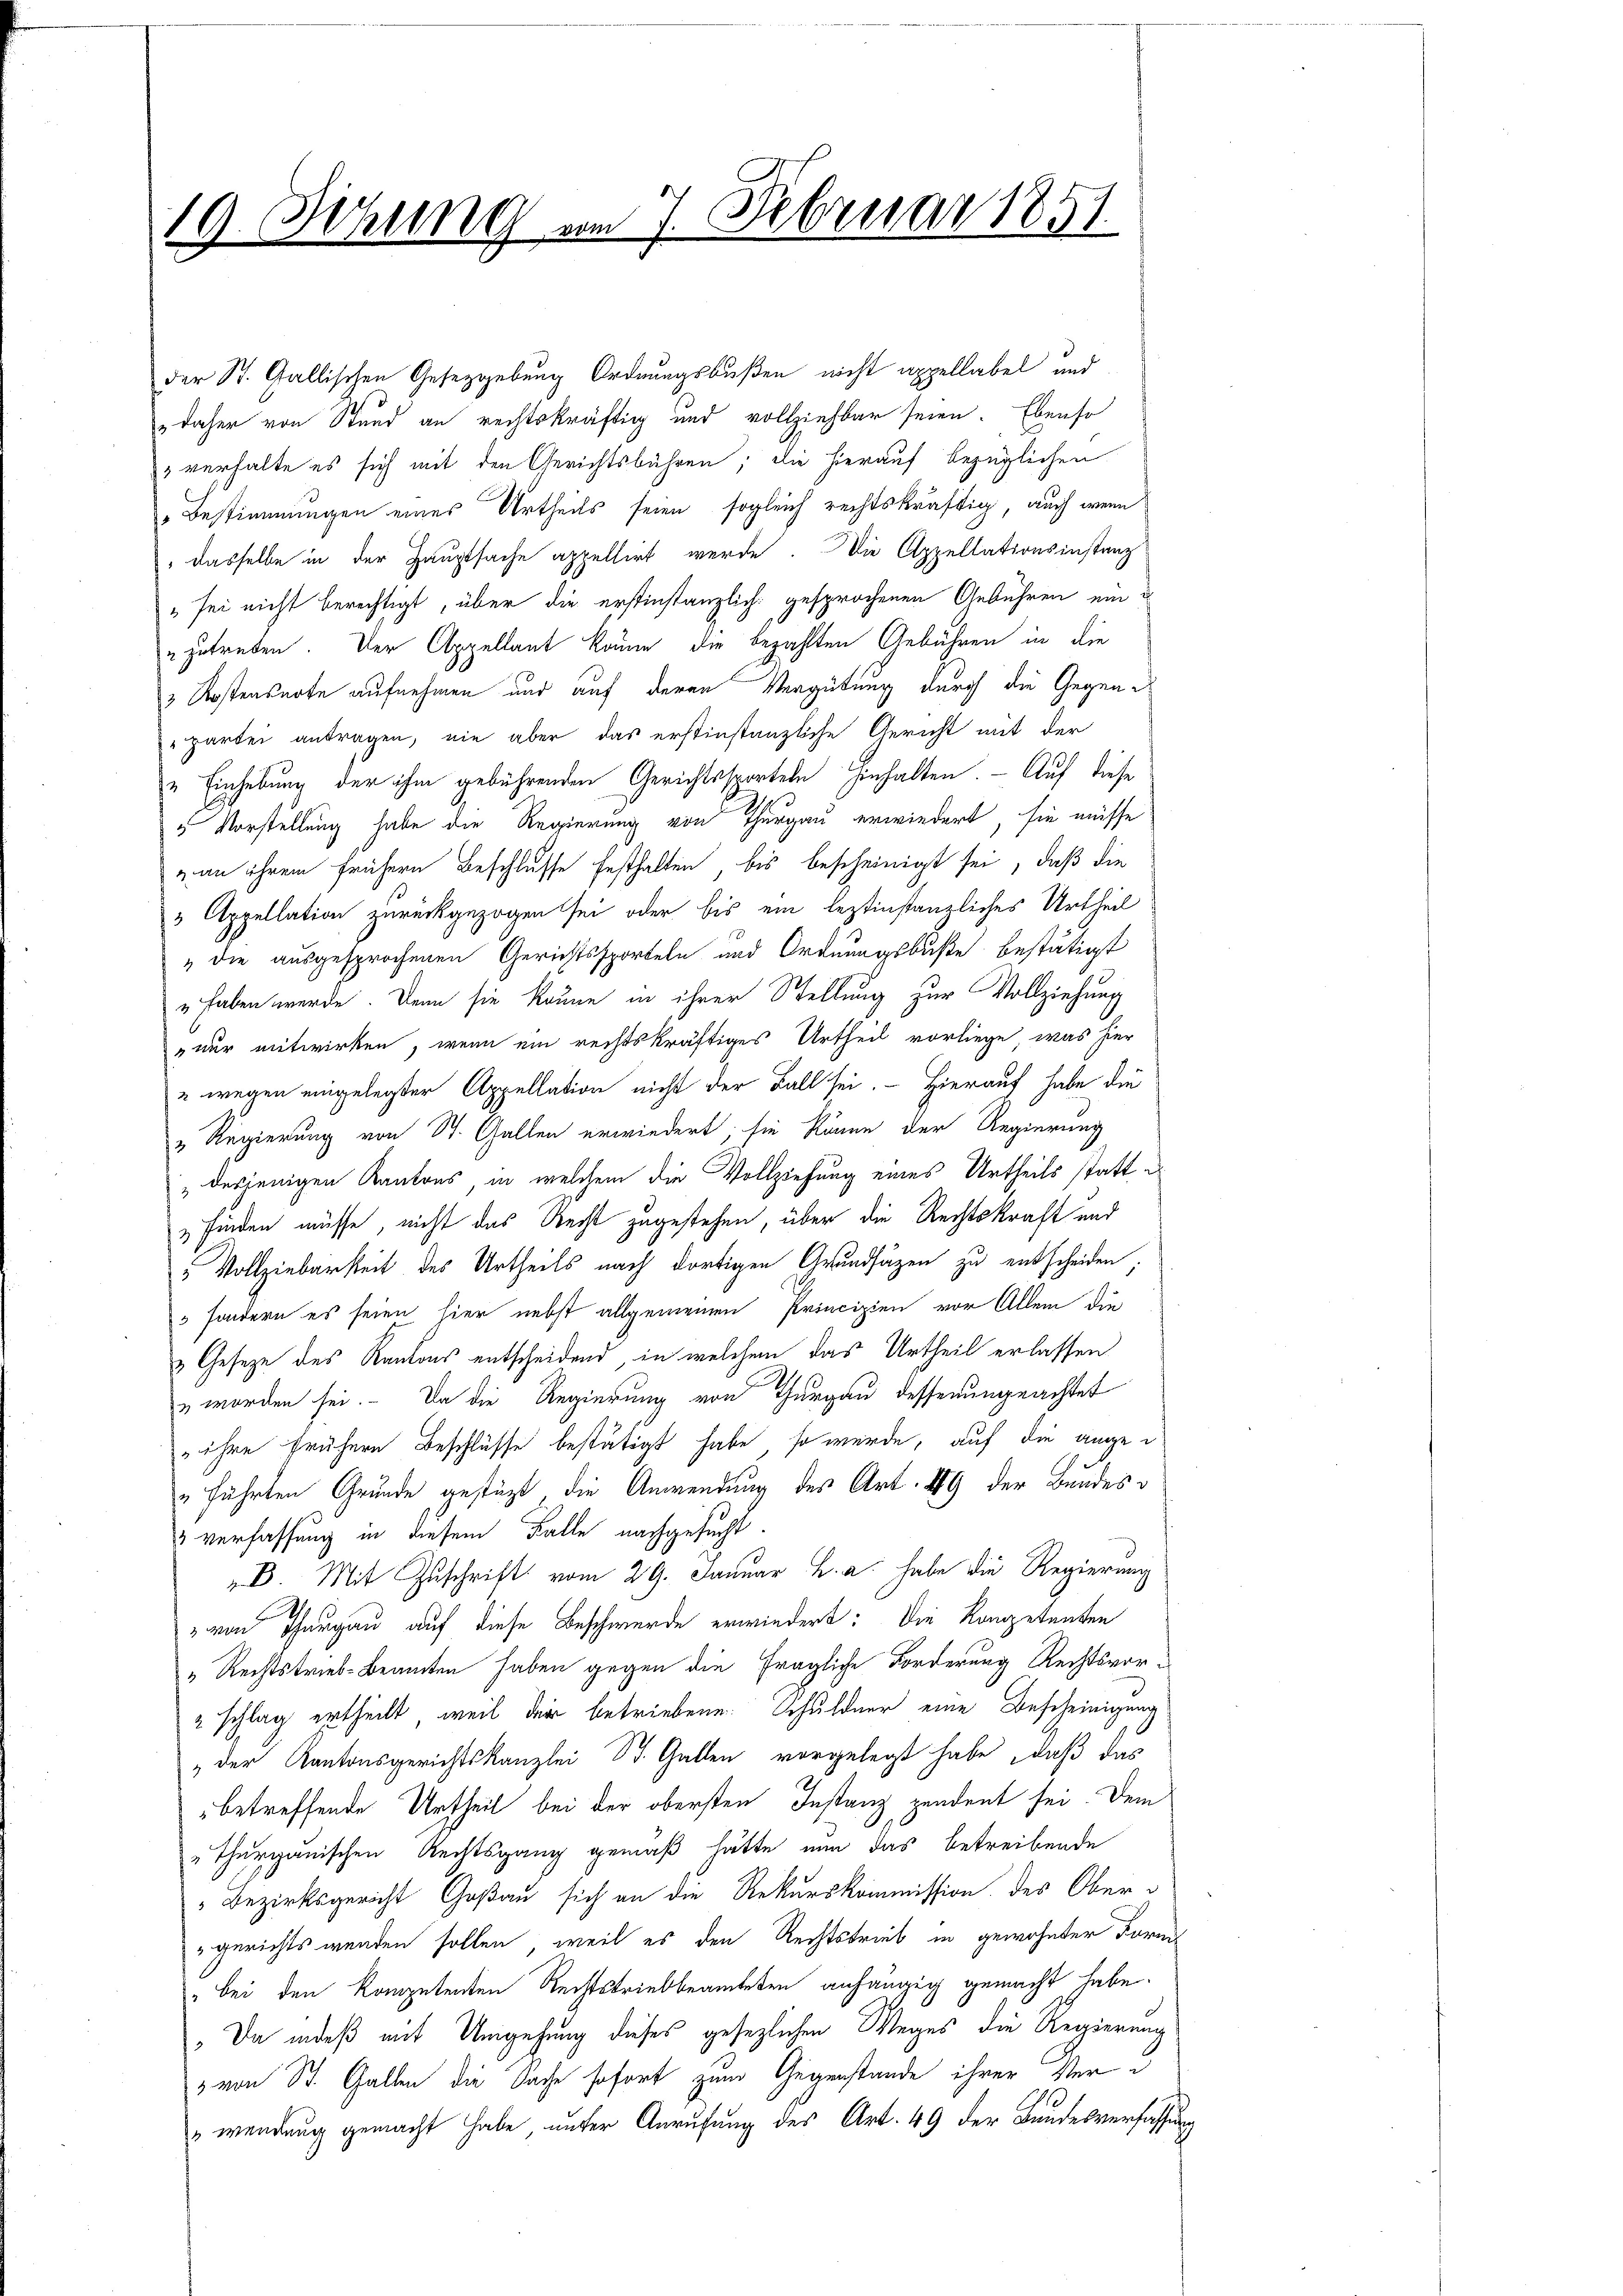
der St. Gallischen Gesetzgebung Ordnungsbußen nicht appellabel und
" daher von Stand an rechtskräftig und vollziehbar seien. Ebenso
" verhalte es sich mit den Gerichtsbahren; die hierauf bezüglichen
Bestimmungen eines Urtheils seien sogleich rechtskräftig, auch wenn
" dasselbe in der Hauptsache appellirt werde. Die Appellationsinstanz
" sei nicht berechtigt, über die erstinstanzlich gesprochenen Gebühren ein u
zutreten. Der Appellant kaum die bezahlten Gebühren in die
3 Kostensarte aufnehmen und auf deren Vergütung durch die Gegenpartei antragen, nie aber das erstinstanzliche Gericht mit der
" Einhebung der ihm gebührenden Gerichtssporteln hinhalten. — Auf diese
5 Vorstellung habe die Regierung von Thurgau erwiedert, sie müsse
an ihrem frühern Beschlusse festhalten, bis bescheinigt sei, daß die
 Appellation zurückgezogen sei oder bis ein leztinstanzliches Urtheil
" die ausgesprochenen Gerichtssporteln und Ordnungsbuße bestätigt
„haben werde. Denn sie könne in ihrer Stellung zur Vollziehung
nur mitwirken, wenn ein rechtskräftiges Urtheil vorliege, was hier
" wegen eingelegter Appellation nicht der Fall sei. Hierauf habe die
" Regierung von St. Gallen erwiedert; sie könne der Regierung
" desjenigen Kantons, in welchem die Vollziehung eines Urtheils statt i
finden müsse, nicht das Recht zugestehen, über die Rechtskraft und
 Vollziebarkeit des Urtheils nach dortigen Grundsätzen zu entscheiden;
 sondern es seien hier nebst allgemeinen Principien vor Allem die
& Geseze des Kantons entscheidend, in welchem das Urtheil erlassen
 worden sei. Da die Regierung von Thurgau desserungeachtet
„ihre frühere Beschlüsse bestätigt habe, so würde, auf die ange¬
„führten Grunde gestüzt, die Anwendung des Art. 489 der Bundesverfassung in diesem Falle nachgesucht.
B. Mit Zuschrift vom 29. Januar h. a. habe die Regierung
" von Thurgau auf diese Beschwerde erwiedert: Die Kompetenten
„Rechtstrieb-Beamten haben gegen die fragliche Forderung Rechtsvor-
2 schlag ertheilt, weil der betriebene Schuldner eine Bescheinigung
„der Kantonsgerichtskanzlei St. Gallen vorgelegt habe, daß das
betreffende Urtheil bei der obersten Instanz pendent sei. Dem
"Thurgauischen Rechtsgang gemäß hätte nun das betreibende
Bezirksgericht Goßau sich an die Rekurskommission des Ober¬
"gerichts werden sollen, weil es den Rechtstrieb in gewohnter Form
" bei den kompetenten Rechtstriebbeamteten anhängig gemacht habe.
 Da indeß mit Umgehung dieses gesezlichen Weges die Regierung
" von St. Gallen die Sache sofort zum Gegenstande ihrer Ver¬
"wendung gemacht habe unter Anrufung des Art. 49 der Bundesverfassung

19 Sitzung um 7. Februar 1851.